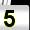
Digit: 5